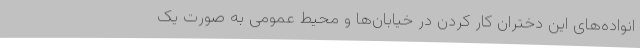
انواده‌های این دختران کار کردن در خیابان‌ها و محیط عمومی به صورت یک